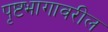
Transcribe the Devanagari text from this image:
पृष्टभागावरील